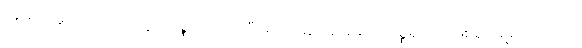
ကြွတော်မူ၍။ ကတဘတ္တကိစ္စော၊ ပြုအပ်ပြီးသော ဆွမ်းစားခြင်း ကိစ္စရှိသည်ဖြစ်၍။ ဓမ္မံ၊ တရားကို။